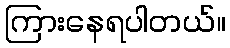
ကြားနေရပါတယ်။